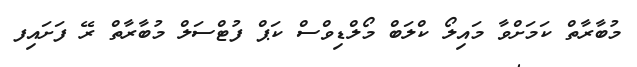
މުބާރާތް ކަމަށްވާ މައިލޯ ކްލަބް މޯލްޑިވްސް ކަޕް ފުޓްސަލް މުބާރާތް ރޭ ފަށައިފ